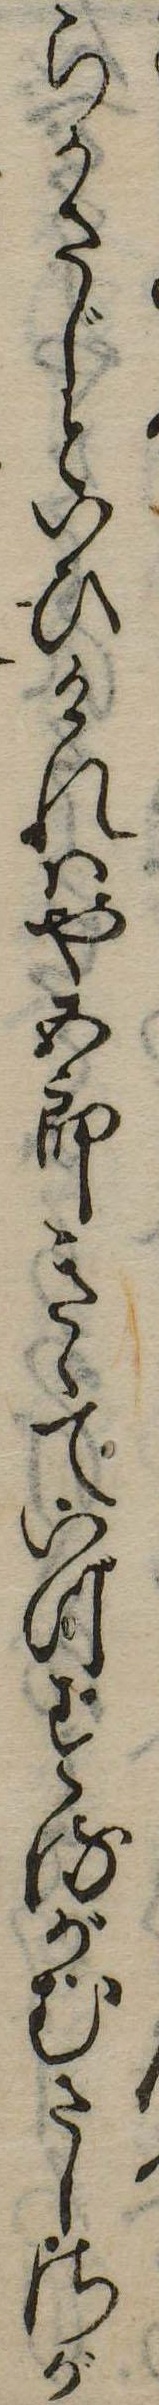
らかさじといひけれはや五郎きゝていづするがむさしさが